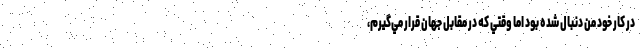
در كار خود من دنبال شده بود اما وقتي كه در مقابل جهان قرار مي‌گيرم،